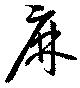
麻